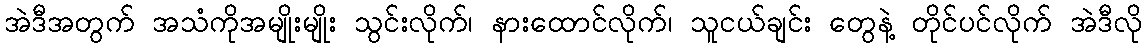
အဲဒီအတွက် အသံကိုအမျိုးမျိုး သွင်းလိုက်၊ နားထောင်လိုက်၊ သူငယ်ချင်း တွေနဲ့ တိုင်ပင်လိုက် အဲဒီလို